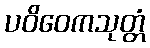
ပဝိဝေကသုတ္တံ